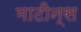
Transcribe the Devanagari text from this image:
माटीन्स